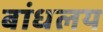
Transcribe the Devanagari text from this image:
बांधलय